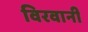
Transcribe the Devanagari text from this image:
विरवानी